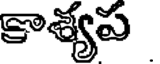
కాశ్యప